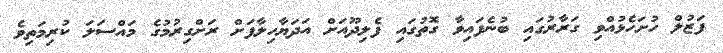
ފަޒުލް ހުށަހެޅުއްވި ގަރާރުގައި ބުނެފައިވާ ގޮތުގައި ފެލިދޫއަށް އަދަޔާހިލާފަށް ރަށްގިރުމުގެ މައްސަލަ ކުރިމަތިވެ